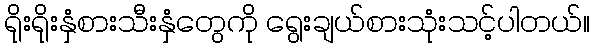
ရိုးရိုးနှံစားသီးနှံတွေကို ရွေးချယ်စားသုံးသင့်ပါတယ်။